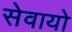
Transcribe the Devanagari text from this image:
सेवायो